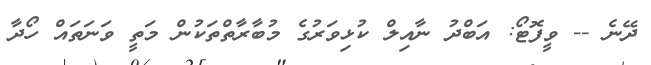
ދޭނެ -- ވީފޮޓޯ: އަބްދު ނާއިލް ކުޅިވަރުގެ މުބާރާތްތަކުން މަތީ ވަނަތައް ހޯދާ